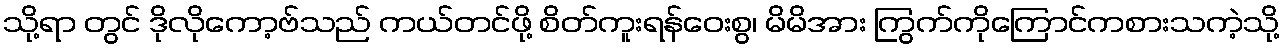
သို့ရာ တွင် ဒိုလိုကော့ဗ်သည် ကယ်တင်ဖို့ စိတ်ကူးရန်ဝေးစွ၊ မိမိအား ကြွက်ကိုကြောင်ကစားသကဲ့သို့